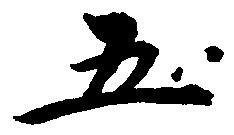
五